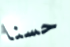
حسنا